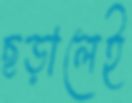
ছড়ালেই